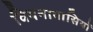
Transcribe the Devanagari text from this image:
वियनावासियों